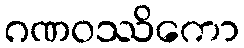
ဂဏဝဿိကော